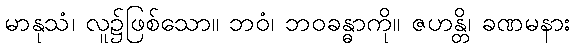
မာနုသံ၊ လူ၌ဖြစ်သော။ ဘဝံ၊ ဘဝခန္ဓာကို။ ဇဟန္တိ၊ ခဏမနား